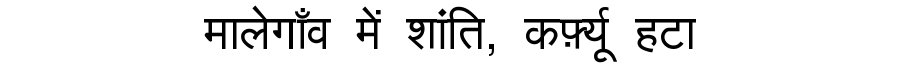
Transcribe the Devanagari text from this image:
मालेगाँव में शांति, कर्फ़्यू हटा